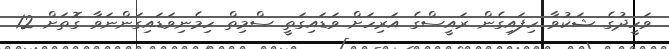
ވަހީދުގެ ޝަކުވާ ހިފައިގެން ރައީސްގެ އަރިހަށް ވަޑައިގަތީ ސްމިތް ހިމެނިވަޑައިގަންނަވާ ގޮތަށް 12